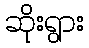
ဆိုးရွား